Report on lock hospitals in British Burma
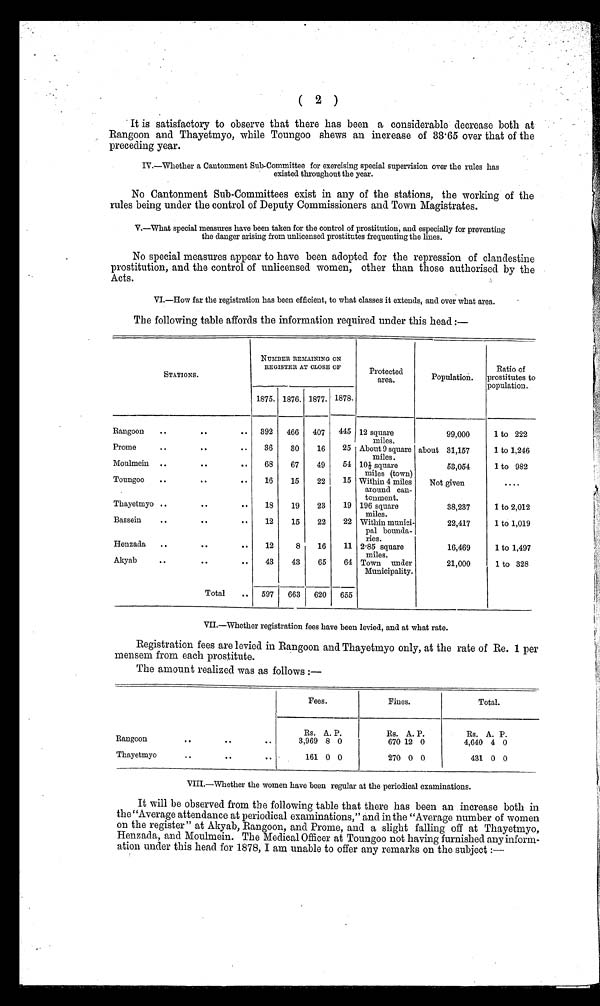
( 2 )
It is satisfactory to observe that there has been a considerable decrease both at
Rangoon and Thayetmyo, while Toungoo shews an increase of 33.65 over that of the
preceding year.
IV.—Whether a Cantonment Sub-Committee for exercising special supervision over the rules has
existed throughout the year.
No Cantonment Sub-Committees exist in any of the stations, the working of the
rules being under the control of Deputy Commissioners and Town Magistrates.
V.—What special measures have been taken for the control of prostitution, and especially for preventing
the danger arising from unlicensed prostitutes frequenting the lines.
No special measures appear to have been adopted for the repression of clandestine
prostitution, and the control of unlicensed women, other than those authorised by the
Acts.
VI.—How far the registration has been efficient, to what classes it extends, and over what area.
The following table affords the information required under this head :—
STATIONS.
NUMBER REMAINING ON
REGISTER AT CLOSE OF
Protected
area.
Population.
Ratio of
prostitutes to
population.
1875. 1876. 1877. 1878.
Rangoon
..
..
.. 392 466 407 445 12 square
miles.
99,000
1 to 222
Prome
..
..
..
36
30
16
25 About 9 square
miles.
about 31,157
1 to 1,246
Moulmein ..
..
..
68
67
49
54 101/3 square
miles (town)
53,054
1 to 982
Toungoo
..
..
..
16
15
22
15 Within 4 miles
around can-
tonment.
Not given
. . . .
Thayetmyo ..
..
..
18
19
23
19 196 square
miles.
38,237
1 to 2,012
Bassein
..
..
..
12
15
22
22 Within munici-
pal bounda-
ries.
22,417
1 to 1,019
Henzada ..
..
..
12
8
16
11 2.85 square
miles.
16,469
1 to 1,497
Akyab
..
..
..
43
43
65
64 Town under
Municipality.
21,000
1 to 328
Total
.. 597 663 620 655
VII.—Whether registration fees have been levied, and at what rate.
Registration fees are levied in Rangoon and Thayetmyo only, at the rate of Re. 1 per
mensem from each prostitute.
The amount realized was as follows :—
Fees.
Fines.
Total.
Rangoon
.. ..
..
Rs . A. P.
3,969 8 0
R s .
A . P .
670 12 0
Rs. A. P.
4,640 4 0
Thayetmyo
.. ..
..
161 0 0
270 0 0
431 0 0
VI I I . —Whet her t he women have been regul ar at t he peri odi cal exami nat i ons.
I t wi l l b e o b s e r v e d f r o m t h e f o l l o wi n g t a b l e t h a t t h e r e h a s b e e n a n i n c r e a s e b o t h i n t h e " A v e r a g e a t t e n d a n c e a t p e r i o d i c a l e x a mi n a t i o n s , " a n d i n t h e " A v e r a g e n u mb e r o f wo me n o n t h e r e g i s t e r " a t A k y a b , Ra n g o o n , a n d P r o me , a n d a s l i g h t f a l l i n g o f f a t T h a y e t my o , He n z a d a , a n d Mo u l me i n . T h e Me d i c a l Of f i c e r a t T o u n g o o n o t h a v i n g f u r n i s h e d a n y i n f o r m- a t i o n u n d e r t h i s h e a d f o r 1 8 7 8 , I a m u n a b l e t o o f f e r a n y r e ma r k s o n t h e s u b j e c t : —